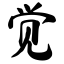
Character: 觉